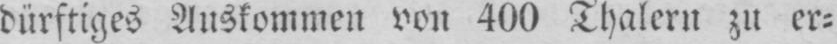
dürftiges Auskommen von 400 Thalern zu er⸗